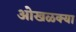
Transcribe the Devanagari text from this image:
ओखळक्या